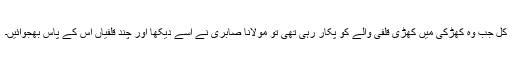
کل جب وہ کھڑکی میں کھڑی قلفی والے کو پکار رہی تھی تو مولانا صابری نے اسے دیکھا اور چند قلفیاں اس کے پاس بھجوائیں۔